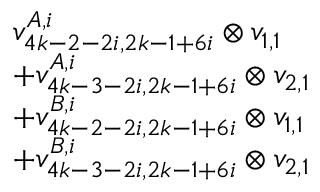
\begin{array} { r l } & { v _ { 4 k - 2 - 2 i , 2 k - 1 + 6 i } ^ { A , i } \otimes v _ { 1 , 1 } } \\ & { + v _ { 4 k - 3 - 2 i , 2 k - 1 + 6 i } ^ { A , i } \otimes v _ { 2 , 1 } } \\ & { + v _ { 4 k - 2 - 2 i , 2 k - 1 + 6 i } ^ { B , i } \otimes v _ { 1 , 1 } } \\ & { + v _ { 4 k - 3 - 2 i , 2 k - 1 + 6 i } ^ { B , i } \otimes v _ { 2 , 1 } } \end{array}